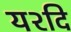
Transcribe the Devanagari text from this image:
य२दि